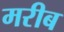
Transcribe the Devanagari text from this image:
मरीब